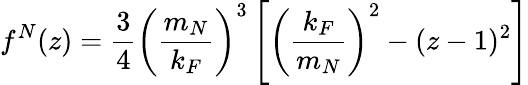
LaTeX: f^{N}(z)=\frac{3}{4}\left(\frac{m_{N}}{k_{F}}\right)^{3}\left[\left(\frac{k_{F}}{m_{N}}\right)^{2}-(z-1)^{2}\right]